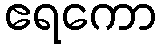
ဧရကော